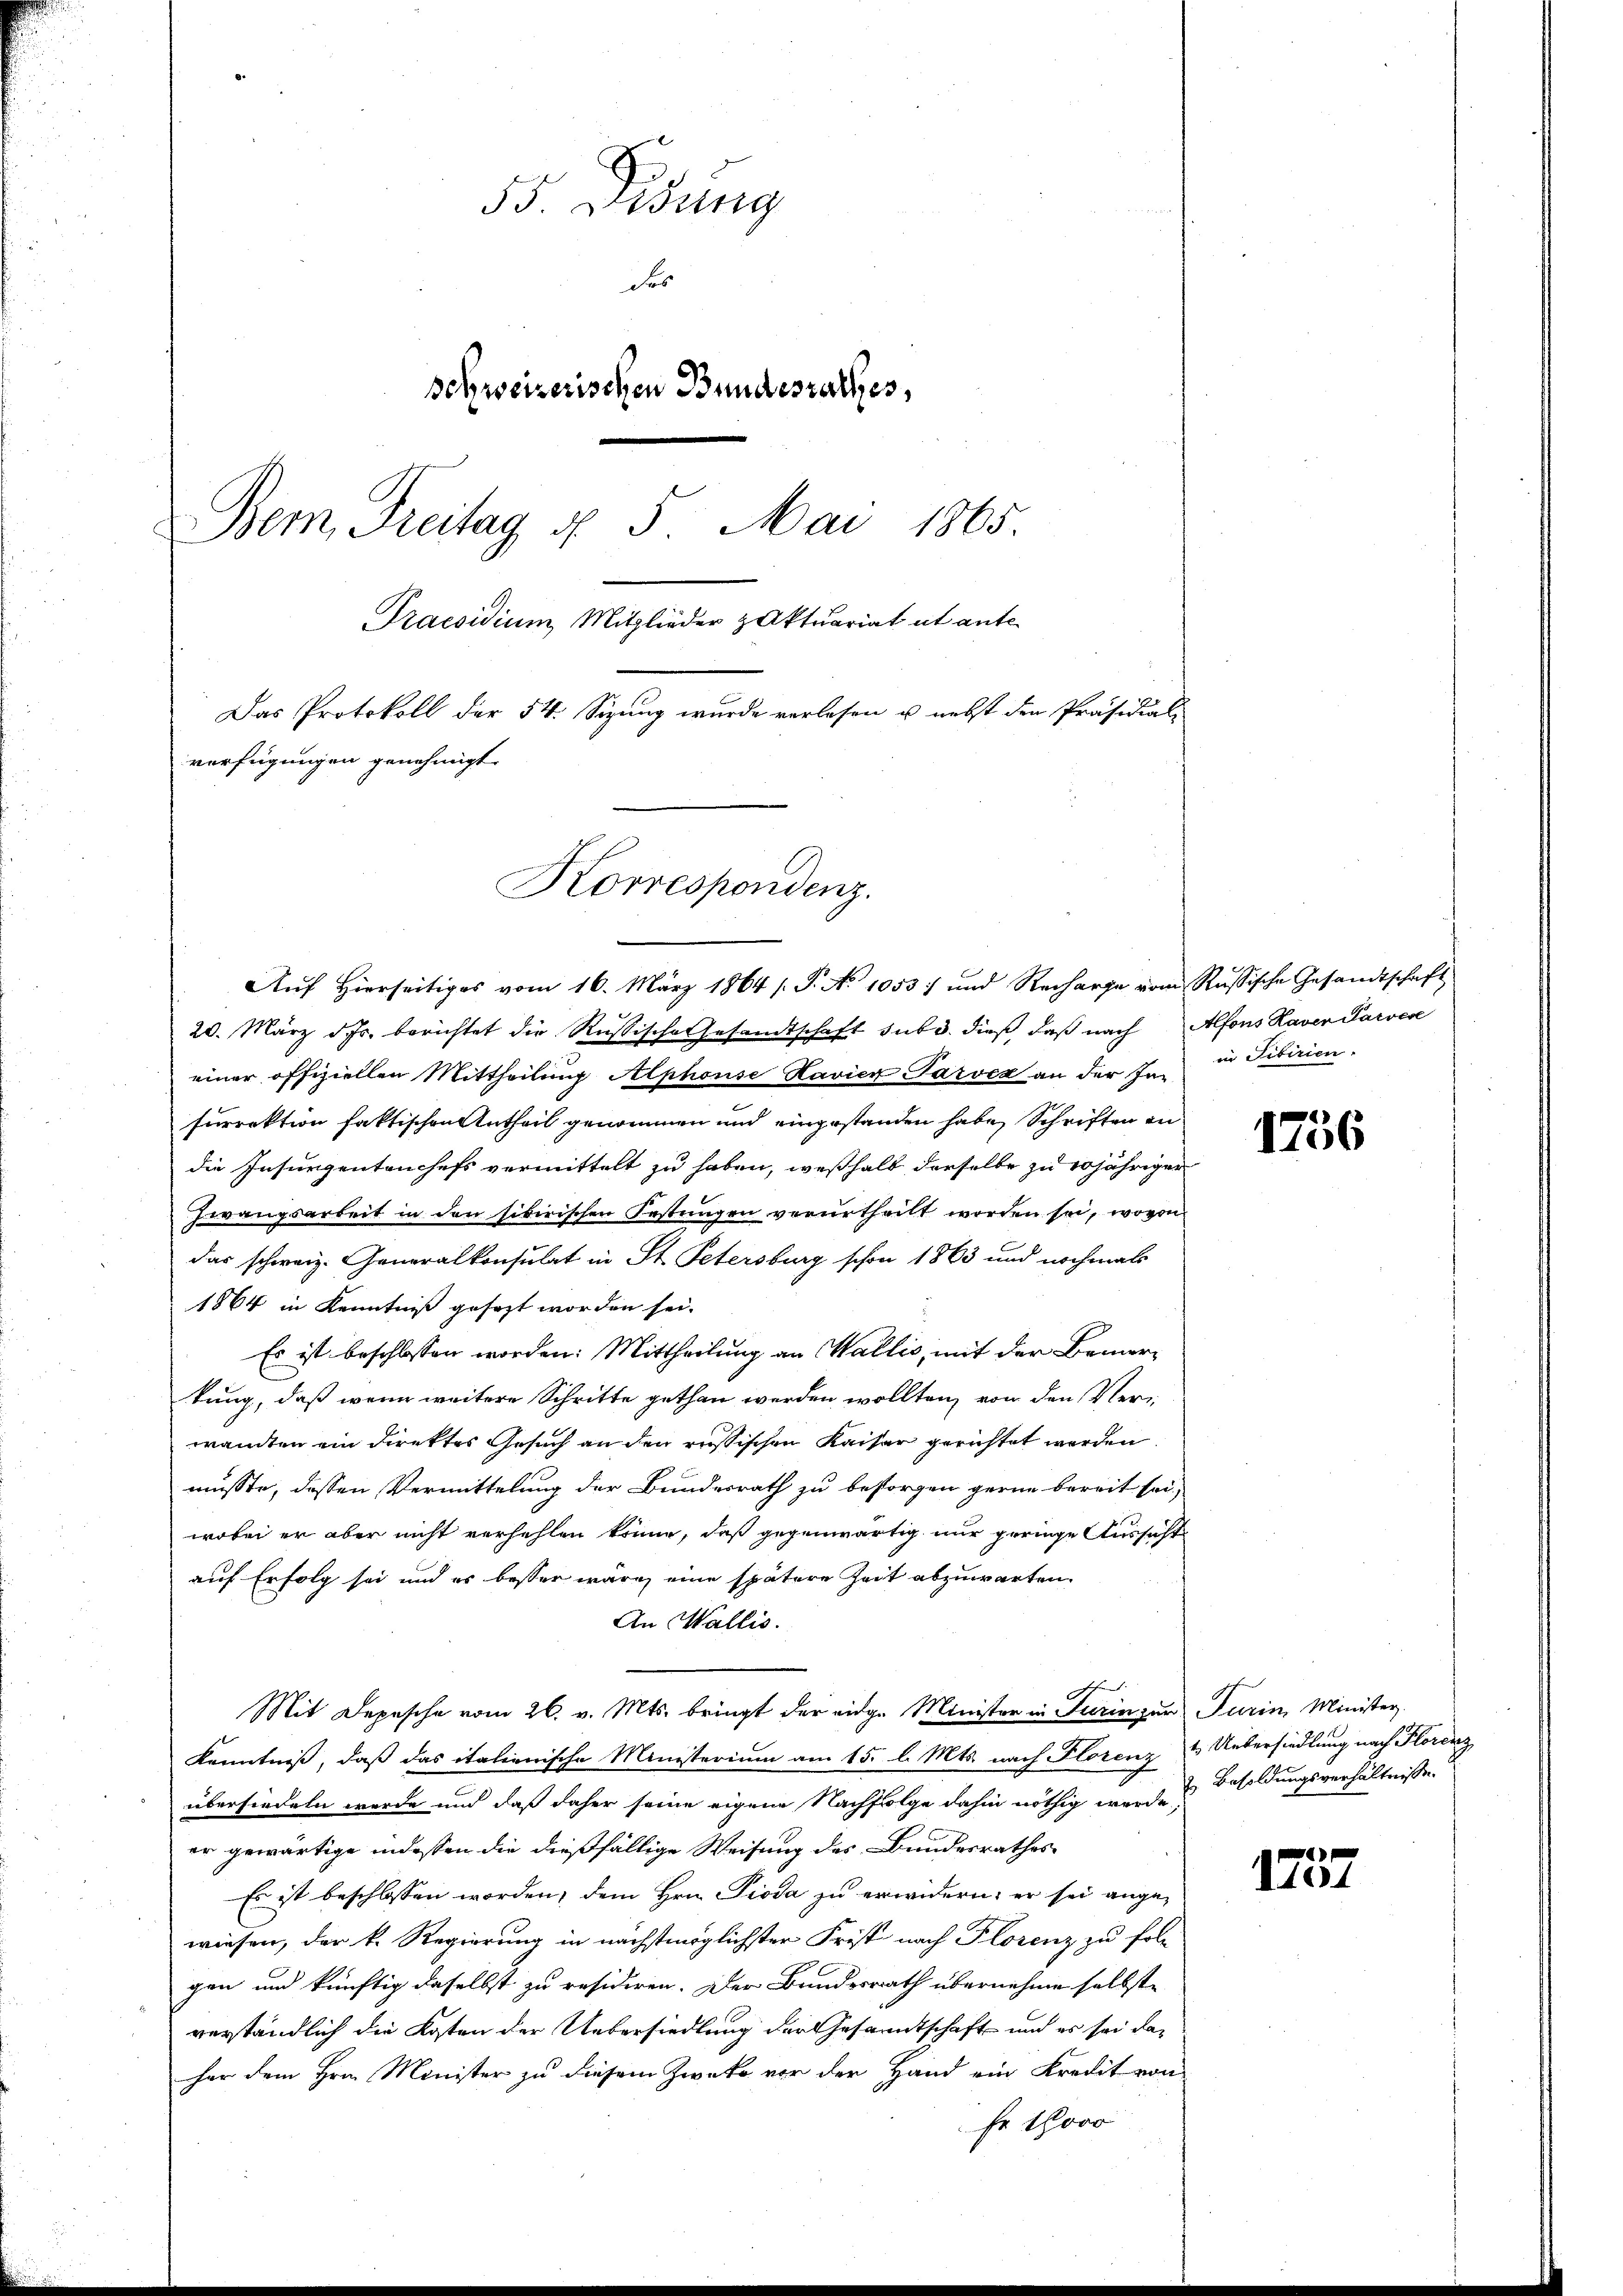
55. Didung
des
Schweizerischen Bundesrathes,
Bem Freitag d. 5. Mai 1865.
Praesidium Mitglieder zaktuariat et ant¬
Das Protokoll der 54. Sizung wurde verlesen u. nebst den Präsidial-
verfügungen genehmigt.
Korrespondenz.

Auf hierseitiges vom 16. März 1864 s. S. No 1053 und Recharge vom Russische Gesandtschaft
20. März d. Js. berichtet die Rußische Gesandtschaft sub 3. dieß, daß nach Alfons Haver Parvere
einer offiziellen Mittheilung Alphonse Havier Parvéz an der Infurrektion faktischen Antheil genommen und eingestanden habe, Schriften in
die Insungentenchefs vermittelt zu haben, weßhalb derselbe zu 20jährigen
Zwangsarbeit in den sibirischen Festungen verurtheilt worden sei, wovon
das schweiz. Generalkonsulat in St. Petersburg schon 1863 und nochmals
1864 in Kenntniß gesezt worden sei.
Es ist beschlossen worden: Mittheilung an Wallis, mit der Bemerkung, daß wenn weitere Schritte gethan werden wollten, von den Verwandten ein Direktes Gesuch an den russischen Kaiser gerichtet werden.
müsste, dessen Vermittelung der Bundesrath zu besorgen gerne bereit sei,
wobei er aber nicht verhehlen könne, daß gegenwärtig nur geringe Aussicht
auf Erfolg sei und es besser wäre eine spätere Zeit abzuwarten.
An Wallis.
Mit Depesche vom 26. v. Mts. bringt der eidge Minister in Turinger Turin Minister.
Kenntniß, daß das italienische Ministerium am 15. l. Mts. nach Florenz & Uebersiedlung nach Florenz
übersiedeln werde und daß daher seine eigene Nachfolge dahin nöthig werde Besoldungsverhältnissen
er gewärtige indessen die dießfällige Weisung des Bundesrathes
Es ist beschlossen worden, dem Hrn. Pioda zu erwidern; er sei angewiesen, der k. Regierung in nächstmöglichster Frist nach Plorenz zu fol-
gen und künftig daselbst zu residiren. Der Bundesrath übernehme selbst,
verständlich die Kosten der Uebersiedlung der Gesandtschaft und es sei daher dem Hrn. Minister zu diesem Zwecke vor der Hand ein Kredit von
Er 1000

in Fibirien.

1756

4
1101